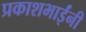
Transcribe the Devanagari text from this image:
प्रकाशभाईंनी